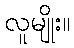
လူမျိုး။